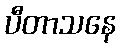
ပီတာသနေ